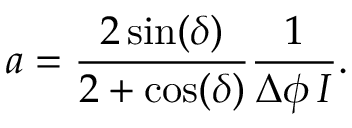
a = \frac { 2 \sin ( \delta ) } { 2 + \cos ( \delta ) } \frac { 1 } { \Delta \phi \, I } .